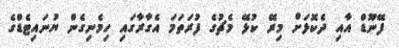
ފޭނޫޑް އާއި ދެކޮޅަށް މިރޭ ކުޅޭ މެޗުގެ ފުރަތަމަ އެގާރާގައި ހިމެނިގެން ޔުނައިޓެޑްގެ